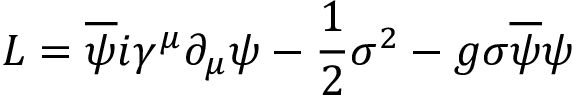
{ \cal L } = \overline { { { \psi } } } i \gamma ^ { \mu } \partial _ { \mu } \psi - \frac { 1 } { 2 } { \sigma } ^ { 2 } - g \sigma \overline { { { \psi } } } \psi